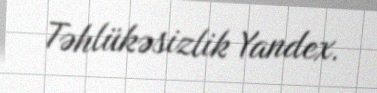
Təhlükəsizlik Yandex.